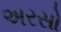
અરસો